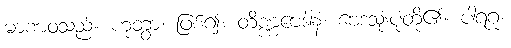
မာဏဝသည်။ ဟုတွာ၊ ဖြစ်၍။ တိဏ္ဏဗေဒါနံ၊ ဗေဒသုံးပုံတို့၏။ ပါရဂူ၊